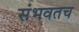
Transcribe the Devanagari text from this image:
संभवतच